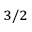
_ { 3 / 2 }